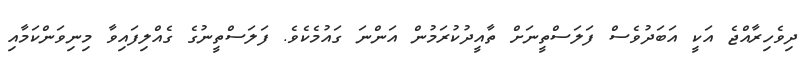
ދިވެހިރާއްޖެ އަކީ އަބަދުވެސް ފަލަސްތީނަށް ތާއީދުކުރަމުން އަންނަ ގައުމެކެވެ. ފަލަސްތީނުގެ ގެއްލިފައިވާ މިނިވަންކަމާއި